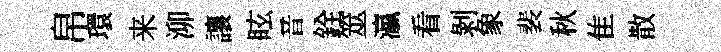
帛環来泖讓眩音銓筮瀛看剝象裴秋隹散